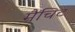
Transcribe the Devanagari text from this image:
मैचिट